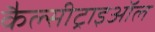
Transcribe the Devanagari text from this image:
कैल्सीट्राइऑल